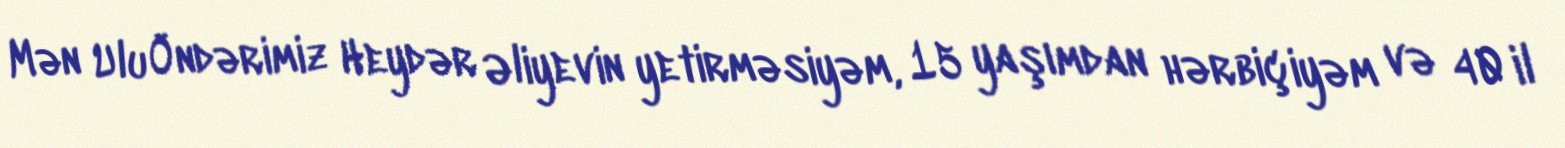
Mən Ulu Öndərimiz Heydər Əliyevin yetirməsiyəm, 15 yaşımdan hərbiçiyəm və 40 il